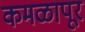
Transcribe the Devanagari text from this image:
कमळापूर